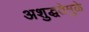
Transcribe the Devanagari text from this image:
अशुद्धतेमुळे